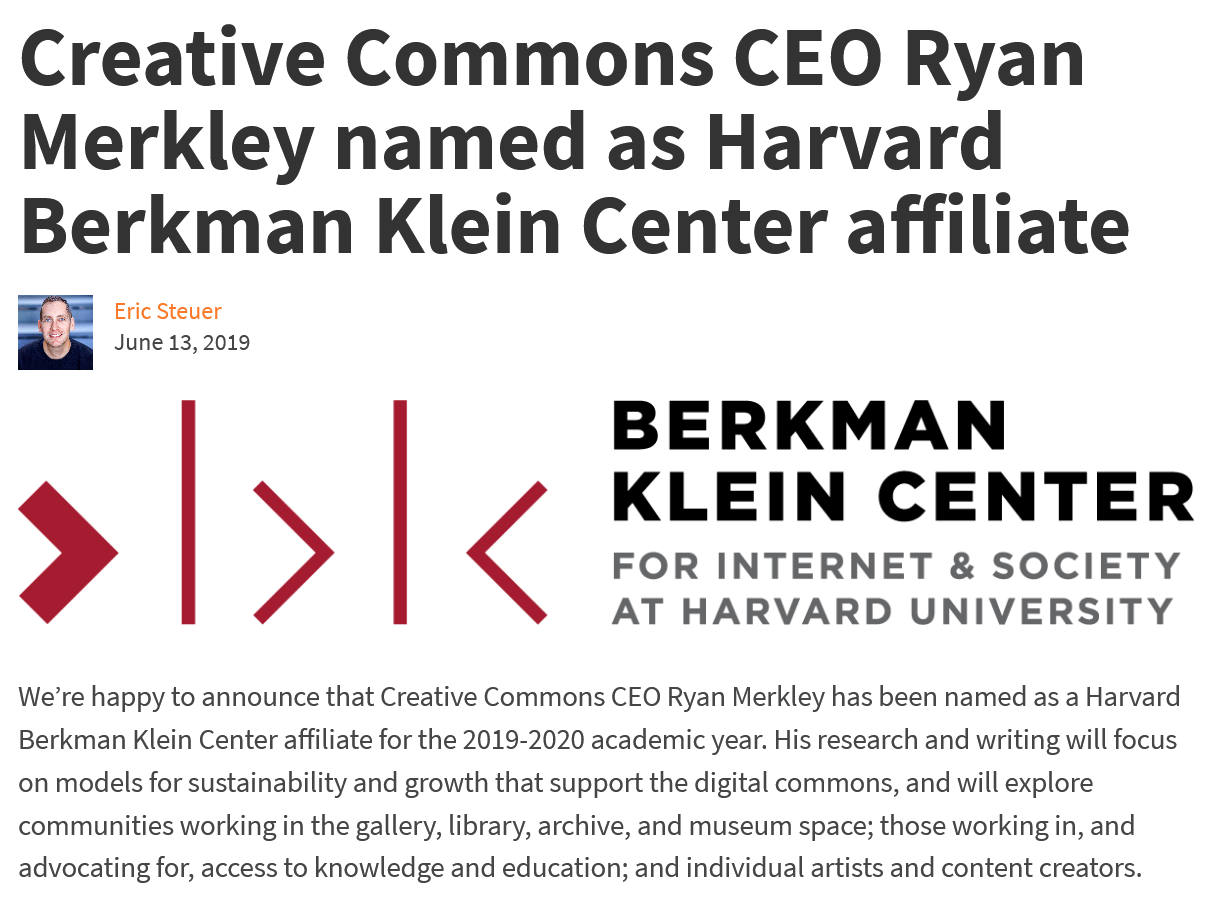
Creative    Commons    CEO    Ryan
  Merkley    named    as    Harvard
  Berkman    Klein    Center    affiliate
     Eric Steuer
     June 13, 2019
  o|>|    <
     BERKMAN
     KLEIN    CENTER
     FOR    INTERNET    &  SOCIETY
     AT    HARVARD    UNIVERSITY
  We’re happy to announce that Creative Commons CEO Ryan Merkley has been named as a Harvard
  Berkman Klein Center affiliate for the 2019-2020 academic year. His research and writing will focus
  on models for sustainability and growth that support the digital commons, and will explore
  communities working in the gallery, library, archive, and museum space; those working in, and
  advocating for, access to knowledge and education; and individual artists and content creators.